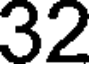
32